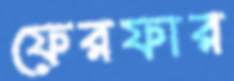
ফেরফার